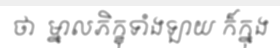
ថា  ម្នាលភិក្ខុទាំងឡាយ ក៏ក្នុង